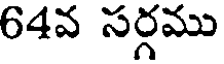
64వ సర్గము